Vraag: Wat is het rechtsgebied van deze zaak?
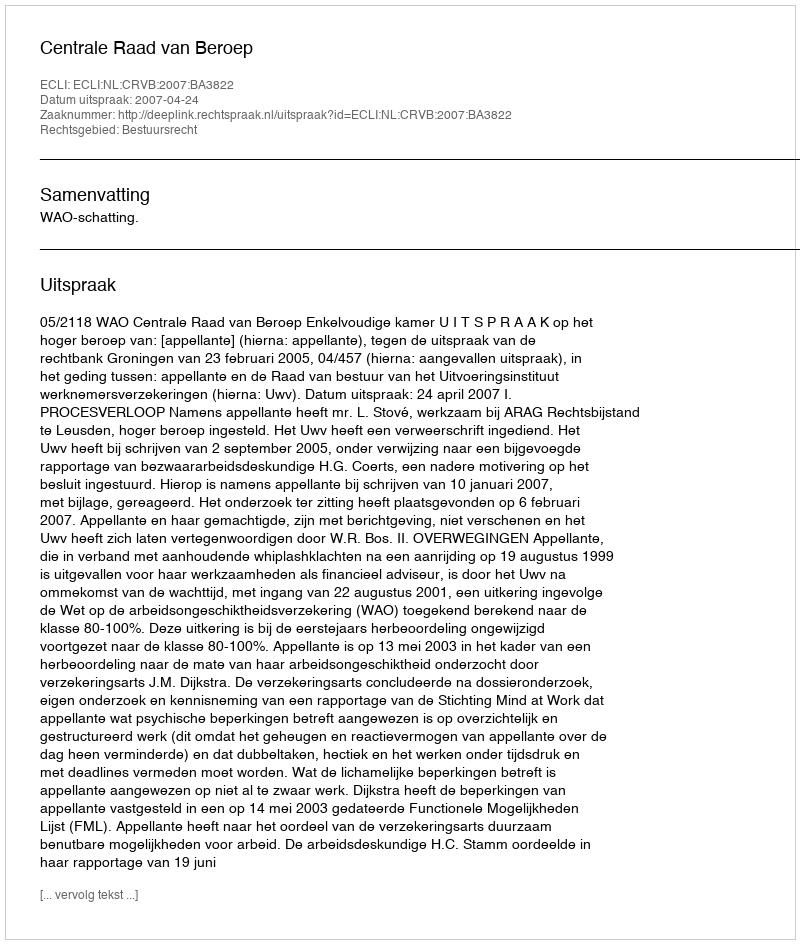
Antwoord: Bestuursrecht